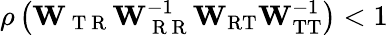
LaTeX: \rho\left(\mathbf{W}_{\mathrm{~T~R~}}\mathbf{W}_{\mathrm{~R~R~}}^{-1}\mathbf{W}_{\mathrm{RT}}\mathbf{W}_{\mathrm{TT}}^{-1}\right)<1